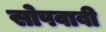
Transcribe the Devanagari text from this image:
सोपवावी